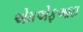
એમએફઆઇ